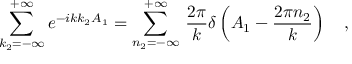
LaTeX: \sum _ { k _ { 2 } = - \infty } ^ { + \infty } e ^ { - i k k _ { 2 } A _ { 1 } } = \sum _ { n _ { 2 } = - \infty } ^ { + \infty } \, \frac { 2 \pi } { k } \delta \left( A _ { 1 } - \frac { 2 \pi n _ { 2 } } { k } \right) \ \ \ ,